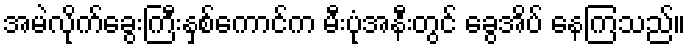
အမဲလိုက်ခွေးကြီးနှစ်ကောင်က မီးပုံအနီးတွင် ခွေအိပ် နေကြသည်။